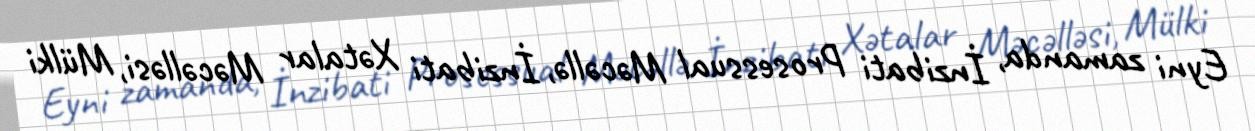
Eyni zamanda, İnzibati Prosessual Məcəllə, İnzibati Xətalar Məcəlləsi, Mülki